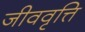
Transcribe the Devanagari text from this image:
जीववृत्ति